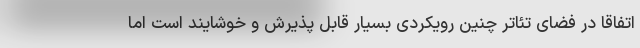
اتفاقا در فضای تئاتر چنین رویکردی بسیار قابل پذیرش و خوشایند است اما